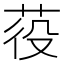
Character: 䓈